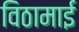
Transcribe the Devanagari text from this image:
विठामाई